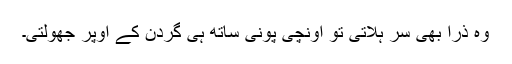
وہ ذرا بھی سر ہلاتی تو اونچی پونی ساتھ ہی گردن کے اوپر جھولتی۔